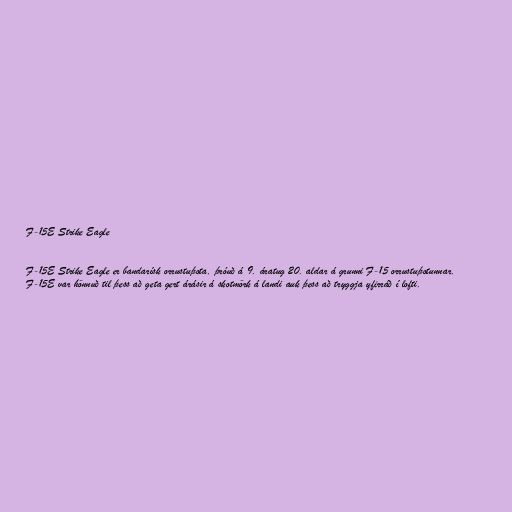
F-15E Strike Eagle

F-15E Strike Eagle er bandarísk orrustuþota, þróuð á 9. áratug 20. aldar á grunni F-15 orrustuþotunnar.
F-15E var hönnuð til þess að geta gert árásir á skotmörk á landi auk þess að tryggja yfirráð í lofti.